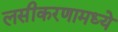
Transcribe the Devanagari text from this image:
लसीकरणामध्ये